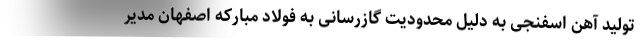
تولید آهن اسفنجی به دلیل محدودیت گازرسانی به فولاد مبارکه اصفهان مدیر